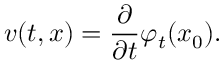
v ( t , x ) = \frac \partial { \partial t } \varphi _ { t } ( x _ { 0 } ) .